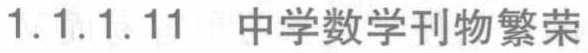
1.1.1.11 中学数学刊物繁荣